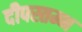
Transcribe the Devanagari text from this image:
दीपस्तम्भ